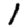
Digit: 1